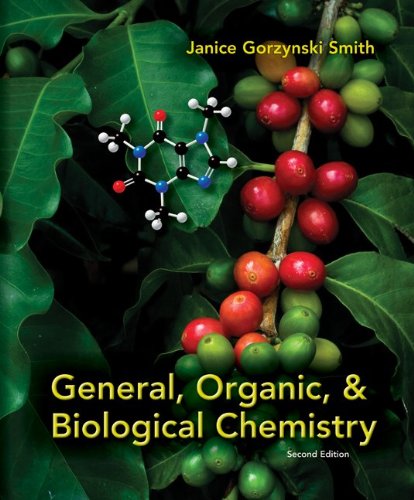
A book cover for General, Organic, & Biological Chemistry; Janice Gorzynski Smith; Science & Math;